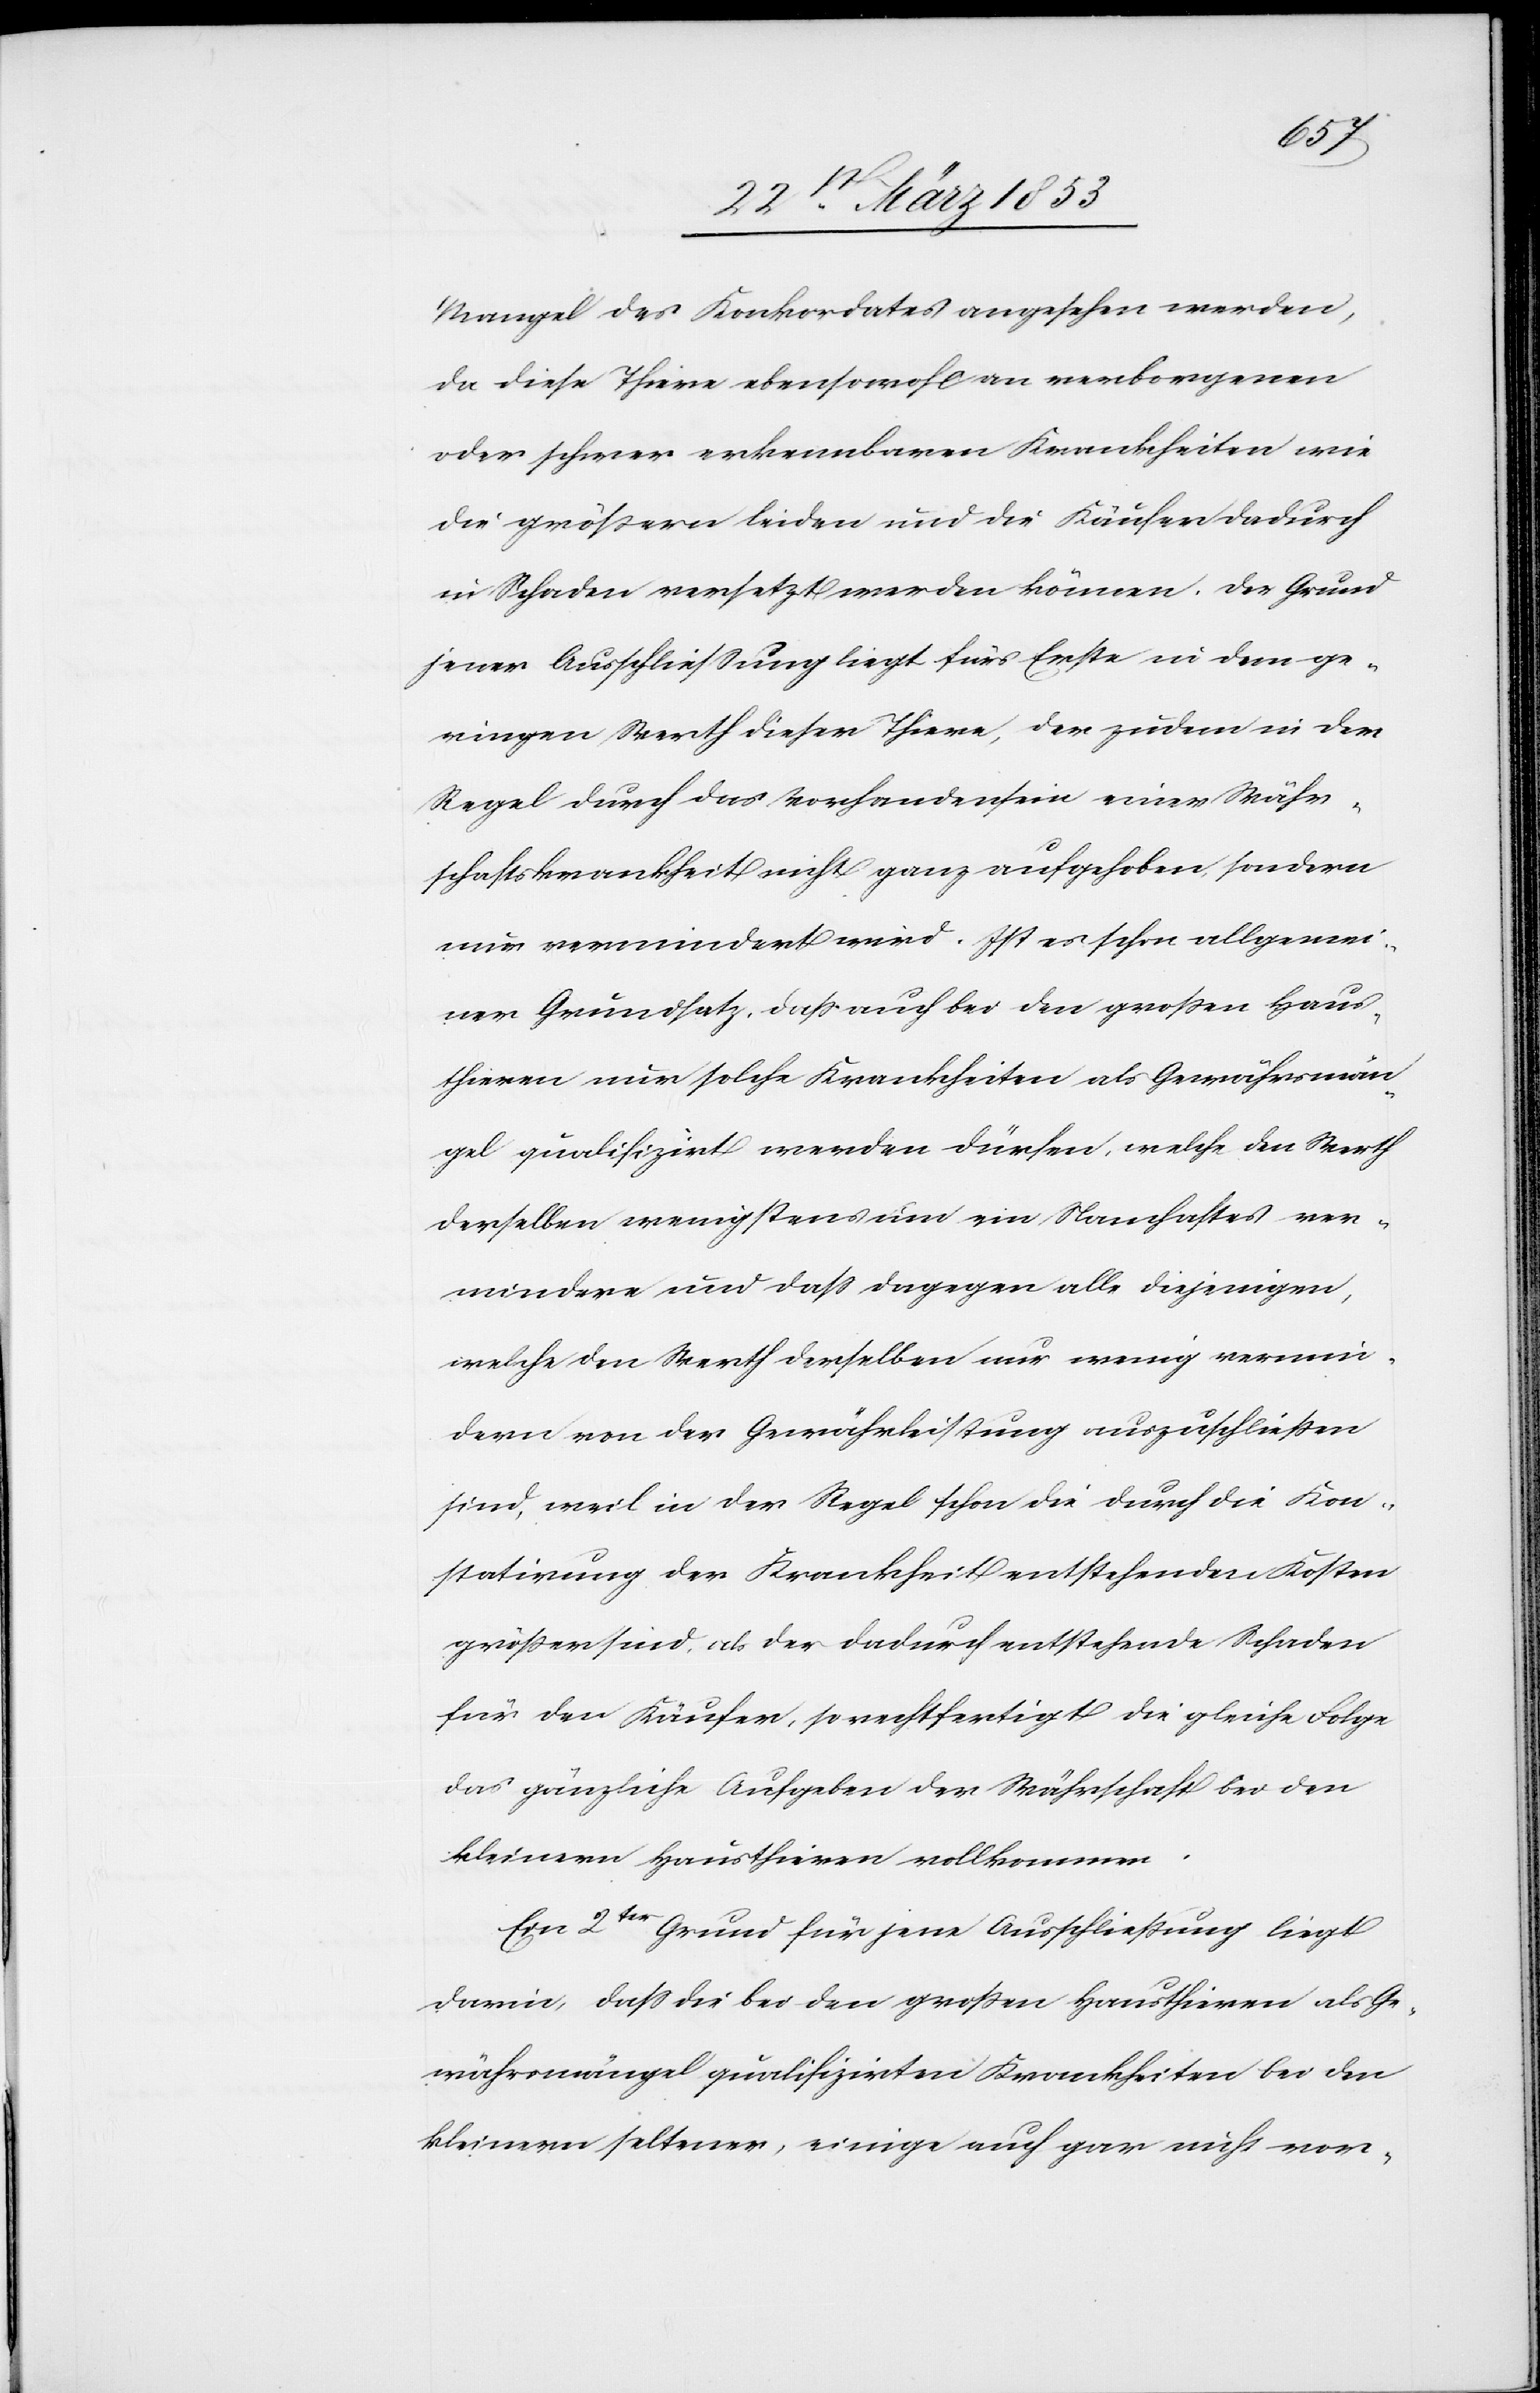
Mangel des Konkordates angesehen werden,
da diese Thiere ebensowohl an verborgenen
oder schwer erkennbaren Krankheiten wie
die größern leiden und die Käufer dadurch
in Schaden versetzt werden können. Der Grund
jener Ausschließung liegt fürs Erste in dem ge¬
ringen Werth dieser Thiere, der zudem in der
Regel durch das Vorhandensein einer Währ¬
schaftskrankheit nicht ganz aufgehoben sondern
nur vermindert wird. Ist es schon allgemei¬
ner Grundsatz, daß auch bei den großen Haus¬
thieren nur solche Krankheiten als Gewährsman¬
gel publizirt werden dürfen, welche den Werth
derselben wenigstens um ein Namhaftes ver¬
mindern und daß dagegen alle diejenigen,
welche den Werth derselben nur wenig vermin¬
dern von der Gewährleistung auszuschließen
sind, weil in der Regel schon die durch die Kon¬
statirung der Krankheit entstehenden Kosten
größer sind, als der dadurch entstehende Schaden
für den Käufer, so rechtfertigt die gleiche Folge
das gänzliche Aufgeben der Währschaft bei den
kleinern Hausthieren vollkommen.
Ein 2ter Grund für jene Ausschließung liegt
darin, daß die bei den großen Hausthieren als Ge¬
währsmängel qualifizirten Krankheiten bei den
kleinern seltener, einige auch gar nicht vor-